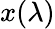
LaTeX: x(\lambda)